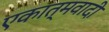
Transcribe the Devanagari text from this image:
एकात्मवादी